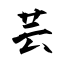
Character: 芸